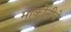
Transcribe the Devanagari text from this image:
मार्कोनीचे